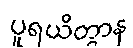
ပူရယိတွာန